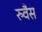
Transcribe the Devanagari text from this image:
रुवैस